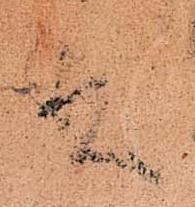
殿